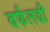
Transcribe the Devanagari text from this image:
बर्फलदी